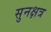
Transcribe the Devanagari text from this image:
सुनक्षत्र